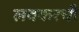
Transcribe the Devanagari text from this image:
लवकरची